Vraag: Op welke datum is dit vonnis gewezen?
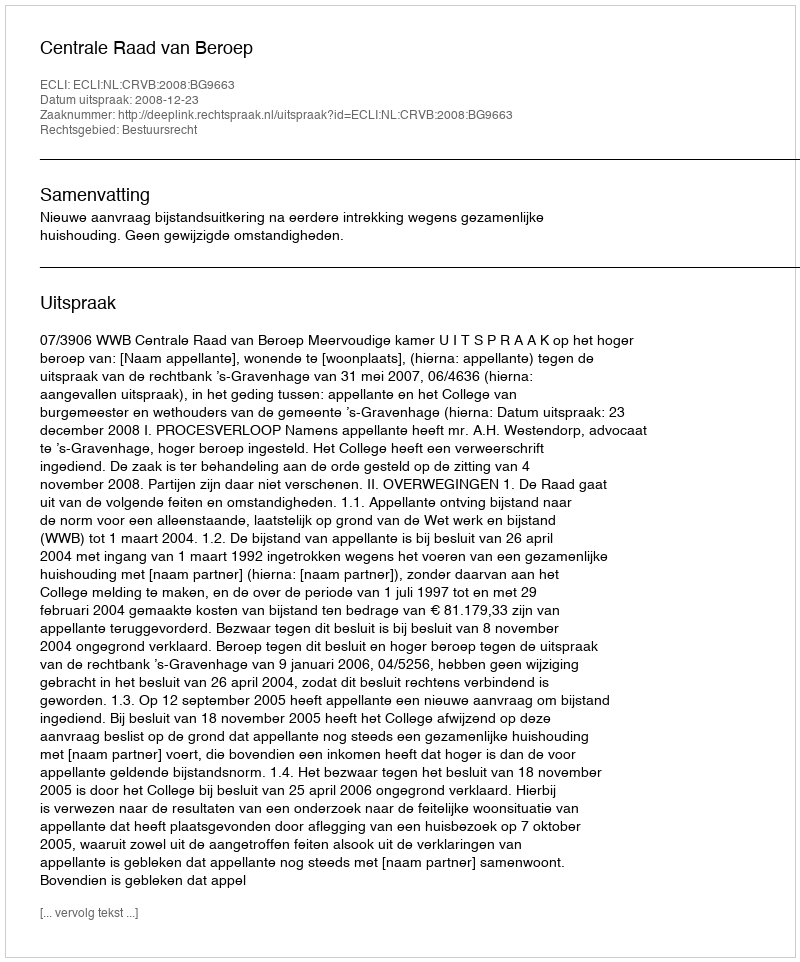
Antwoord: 2008-12-23